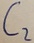
Text: C2